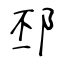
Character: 邳